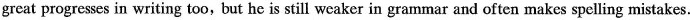
great progresses in writing too, but he is still weaker in grammar and often makes spelling mistakes.